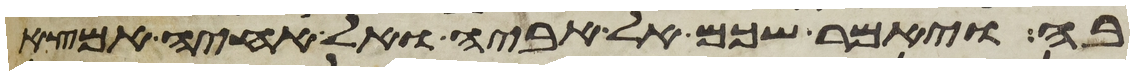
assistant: בה ויאמר שכם אל אביה ואל אחיה אמצא